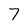
Character: 7